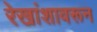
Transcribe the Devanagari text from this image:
रेखांशावरून